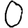
Digit: 0